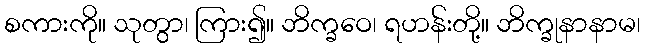
စကားကို။ သုတွာ၊ ကြား၍။ ဘိက္ခဝေ၊ ရဟန်းတို့။ ဘိက္ခုနာနာမ၊